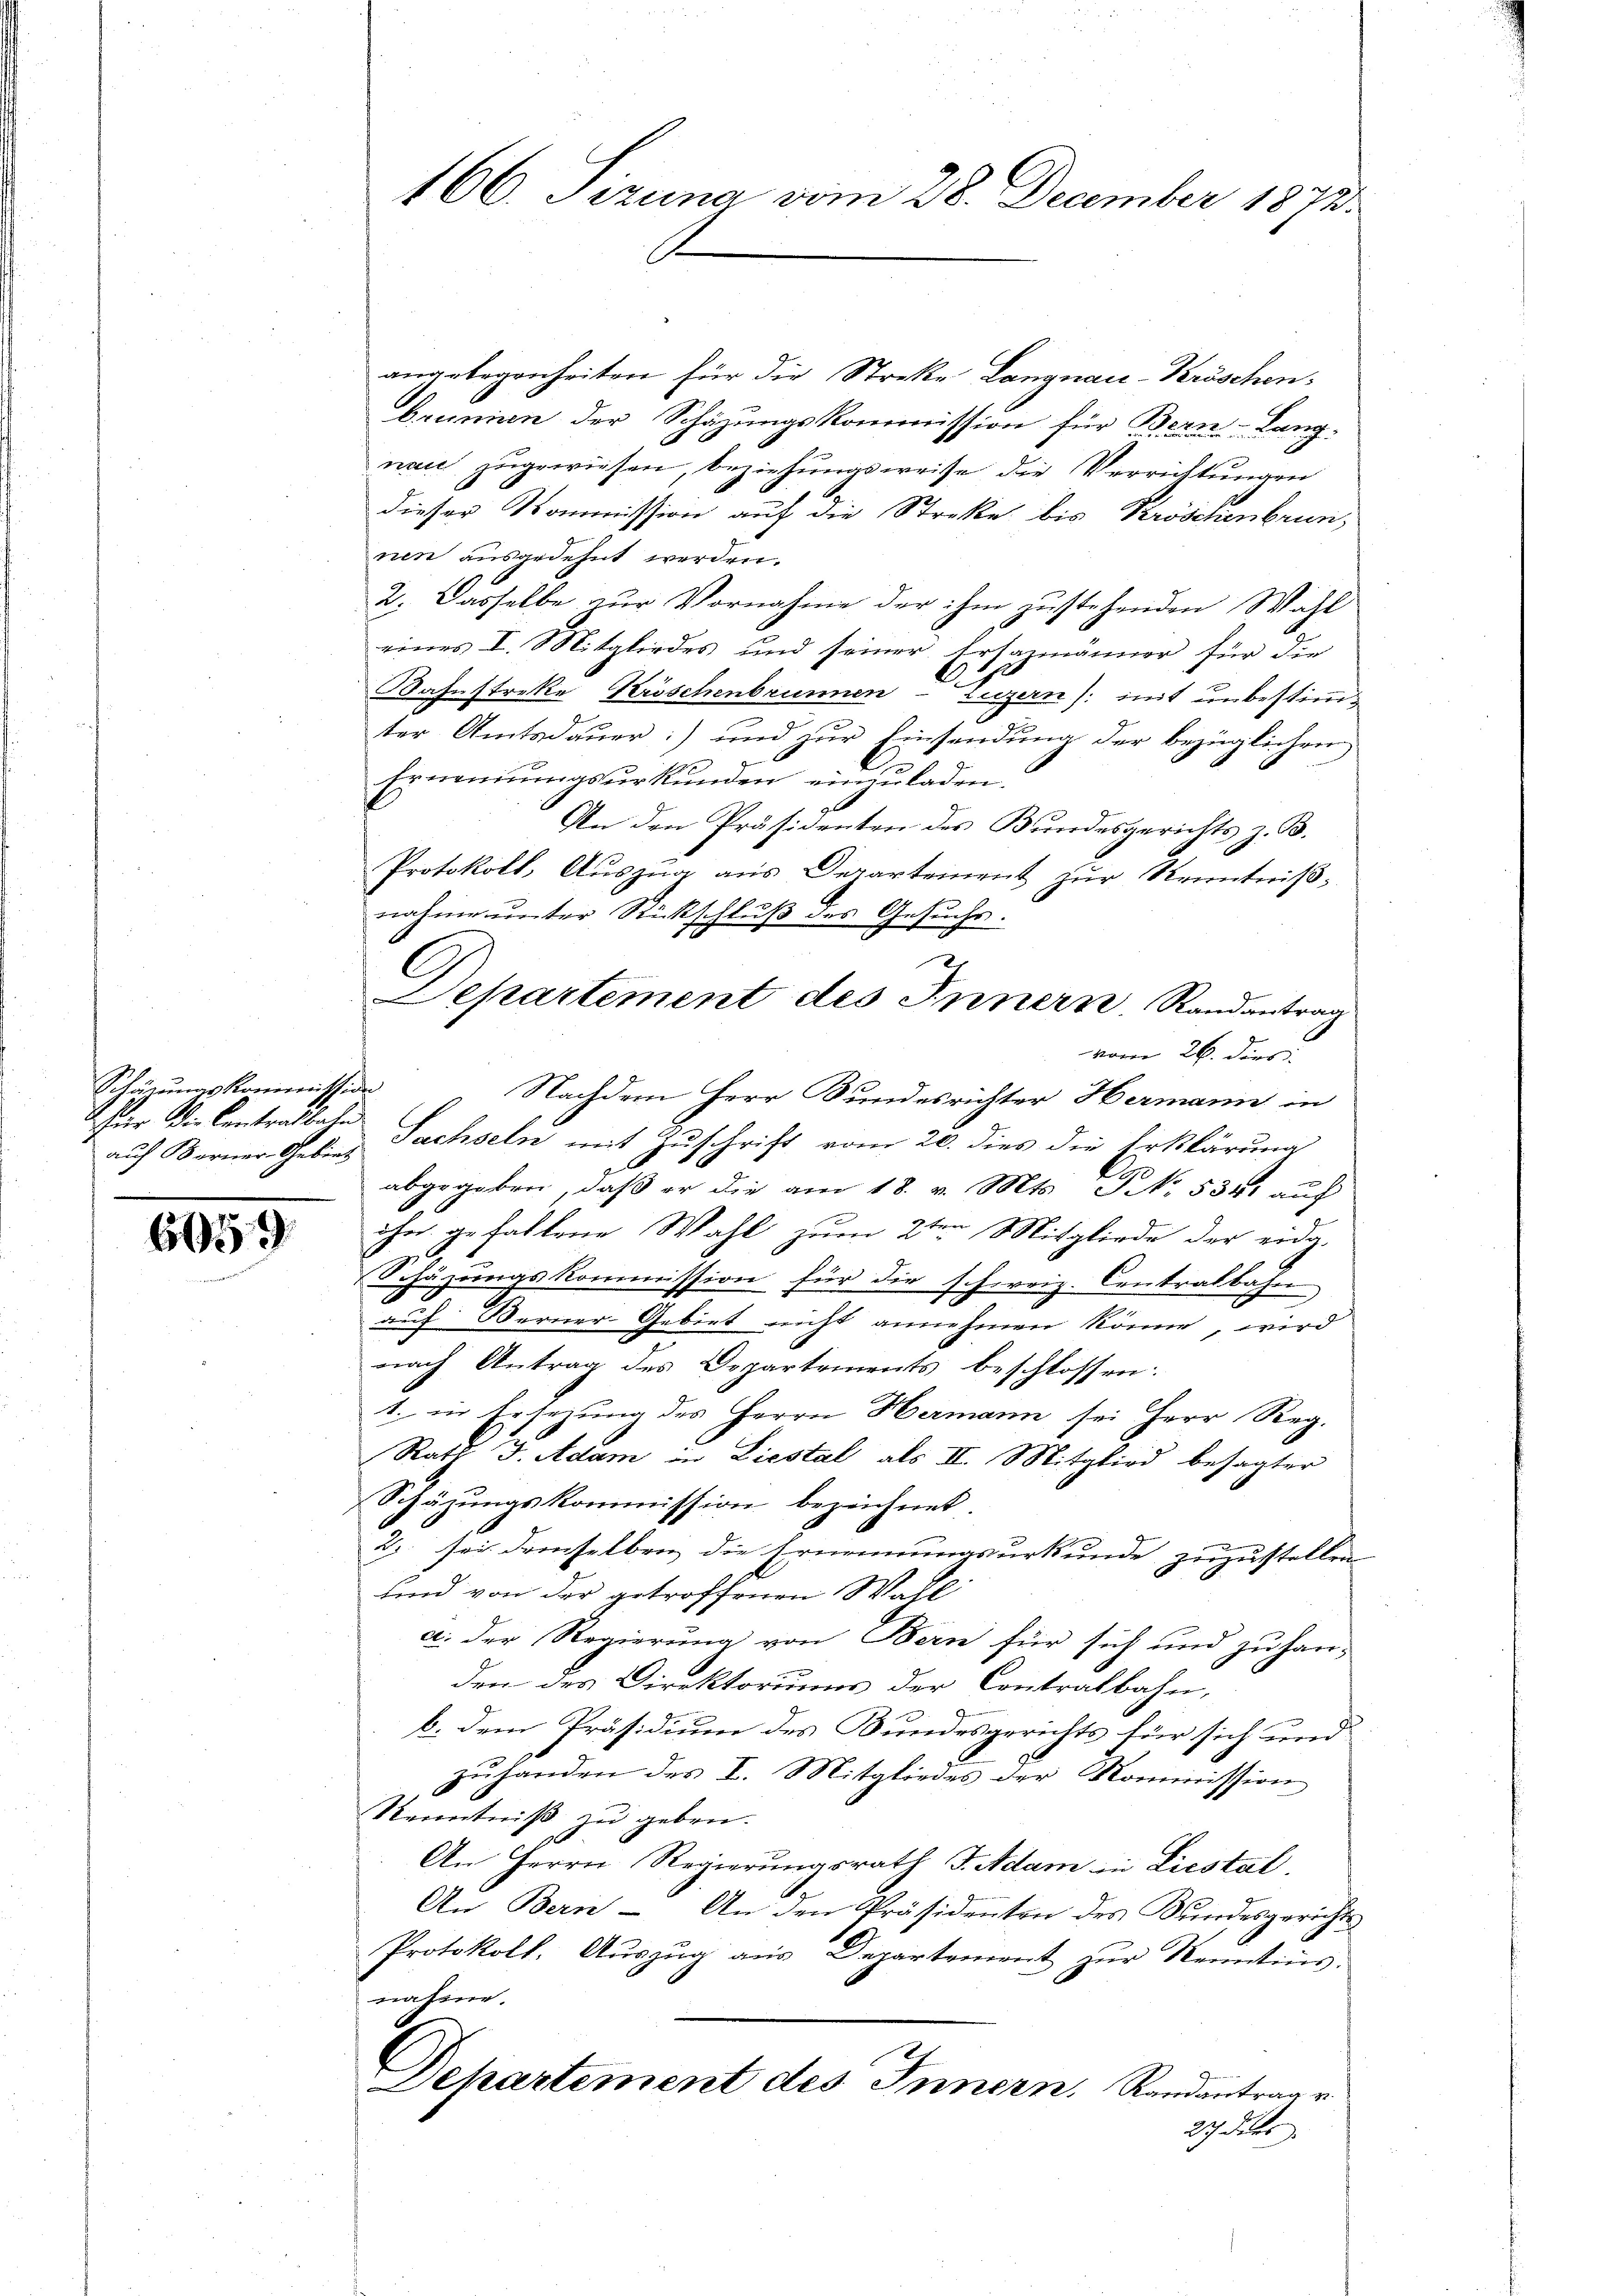
Sŭnas Kommission
her die Centralbahn
auf Berner-Gebiet

6659

166. Pezuna vom 28. December 1872.

angelegenheiten für die Streke Langnau-Kröschenbrunnen der Schäzungskommission für Bern-Lang-
nau zugewiesen, beziehungsweise die Verrichtungen
dieser Kommission auf die Streke bis Kröschenbrunnen ausgedehnt werden.
2. Dasselbe zur Vornahme der ihm zustehenden Wahl
eines I. Mitgliedes und seiner Ersazmänner für die
Kahnstreke Kröschenbrunnen-Luzern /: mit unbestimmter Amtsdauer) und zur Einsendung der bezüglichen
Ernennungsurkunden einzuladen.
An den Präsidenten des Bundesgerichts z. B.
Protokoll, Auszug aus Departement zur Kenntnißnahme unter Rückschluß des Gesuche.
Departement des Innern Randantrag
vom 26. der
Nachdem Herr Bundesrichter Hermann in
Sachseln mit Zuschrift vom 20. dies die Erklärung
abgegeben, daß er die am 18. v. Mts. NNo. 534. auf
ihn gefallene Wahl zum 2ten Mitgliede der erdg.
Schäzŭngskommission für die schweiz. Centralbahre
2
auf Berner-Gebiet nicht annehmen könne, wird
nach Antrag des Departements beschlossen:
1. in Ersezung des Herrn Hermann sei Herr Reg.
Rath J. Adam in Liestal als II. Mitglied besagter
Schäzŭngskommission bezeichnet.
2 sei demselben die Ernennungsurkunde zuzustellen
und von der getroffenen Wahl
a. Der Regierung von Bern für sich und zu han-
den des Direktoriums der Contralbahn,
b. dem Präsidium des Bundesgerichts für sich und
zŭ handen des I. Mitgliedes der Kommission
Kenntniß zu geben.
An Herrn Regierungsrath J. Adam in Liestal
An Bern - An den Präsidenten des Kundesgerichts
Protokoll. Aŭszŭg aŭs Departement zŭr Kenntins.
nahme.
Departement des Innern, Randantrag v
27 dies